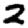
Digit: 2